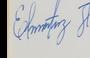
Signature authenticity: genuine